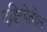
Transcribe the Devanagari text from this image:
दक्षिणेंतील